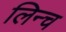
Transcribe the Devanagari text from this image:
लिन्च